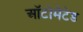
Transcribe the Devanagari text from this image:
ऑटोमैटेड